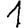
Digit: 1